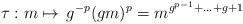
LaTeX: \begin{align*}\,\tau:m\mapsto\, g^{-p}(gm)^{p}=m^{g^{p-1} + \ldots + g + 1} \end{align*}